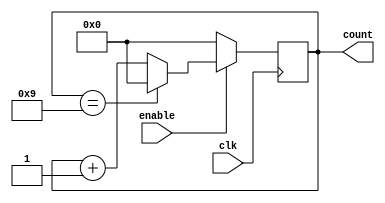
module BCD_Up_Counter_With_Enable (
    input wire clk,
    input wire enable,
    output reg [3:0] count
);

always @(posedge clk) begin
    if (enable) begin
        if (count == 9) begin
            count <= 4'b0000;
        end else begin
            count <= count + 1;
        end
    end else begin
        count <= 4'b0000;
    end
end

endmodule